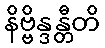
နိဗ္ဗိန္ဒန္တီတိ